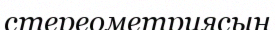
стереометриясын